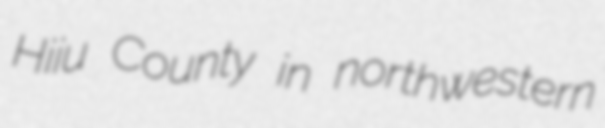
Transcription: Hiiu County in northwestern